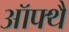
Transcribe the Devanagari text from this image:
ऑफ्थै